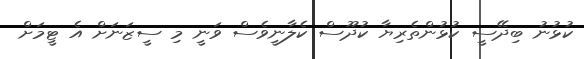
ކުޅުނު ބިދޭސީ ކުޅުންތެރިޔާ ކުދޫސް ކެލާނީވެސް ވަނީ މި ސީޒަނަށް އެ ޓީމަށް